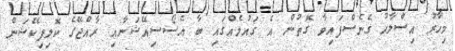
މިހާރު އިސްލާހު ގެނެސްފައިވާ ގޮތުން އެ ގައުމެއްގައި ބާ އެސޯސިއޭޝަނާއި ރާއްޖޭގެ ކޮލިފިކޭޝަން